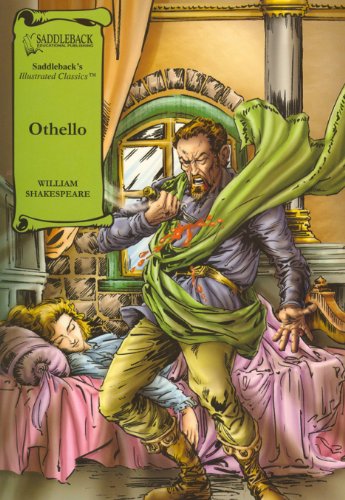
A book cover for Othello (Saddleback's Illustrated Classics); William Shakespeare; Comics & Graphic Novels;